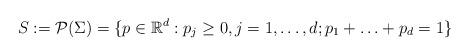
LaTeX: \begin{align*}S := \mathcal{P} (\Sigma) = \{ p\in \mathbb{R}^d : p_j \geq 0, j=1,\ldots,d ;p_1 + \ldots + p_d =1 \}\end{align*}